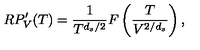
R P _ { V } ^ { \prime } ( T ) = \frac { 1 } { T ^ { d _ { s } / 2 } } F \left( \frac { T } { V ^ { 2 / d _ { s } } } \right) ,